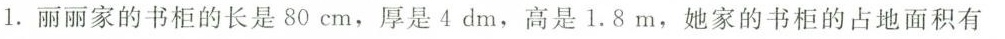
1.丽丽家的书柜的长是80cm，厚是4dm，高是1.8m，她家的书柜的占地面积有